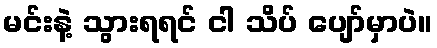
မင်းနဲ့ သွားရရင် ငါ သိပ် ပျော်မှာပဲ။